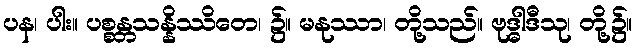
ပန၊ ပါး။ ပစ္စန္တသန္နိဿိတေ၊ ၌။ မနုဿာ၊ တို့သည်။ ဗုဒ္ဓါဒီသု၊ တို့၌။